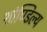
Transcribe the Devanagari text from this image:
शांण्डिल्य